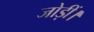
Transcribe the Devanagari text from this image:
जोड़ीं।